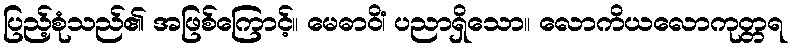
ပြည့်စုံသည်၏ အဖြစ်ကြောင့်။ မေဓာဝိံ၊ ပညာရှိသော။ လောကိယလောကုတ္တရ